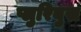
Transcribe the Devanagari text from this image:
प्लुरिबुस